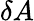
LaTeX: \delta A